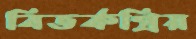
বিতর্কপ্রিয়